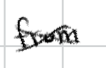
Text: from
Cross-out: cross
Writing tool: digital_black